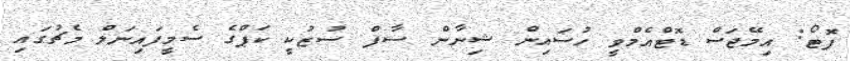
ފޮޓޯ: އިމޭޖަސް ޑޮޓްއެމްވީ ހުސައިން ޝިނާން ސާފް ސުޒުކީ ކަޕްގެ ސެމީފައިނަލް މެޗުގައި